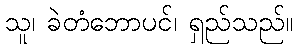
သူ၊ ခဲတံဘောပင်၊ ရှည်သည်။